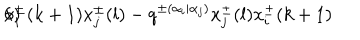
LaTeX: 6 ) \hspace { . 5 i n } x _ { i } ^ { \pm } ( k + 1 ) x _ { j } ^ { \pm } ( l ) - q ^ { \pm ( \alpha _ { i } | \alpha _ { j } ) } x _ { j } ^ { \pm } ( l ) x _ { i } ^ { \pm } ( k + 1 )